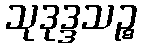
သုဒုဒ္ဒသဉ္စ